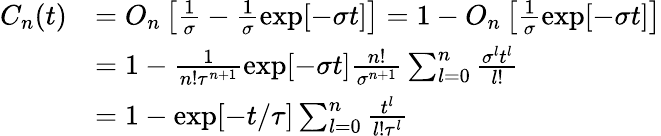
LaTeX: \begin{array}{rl}{C_{n}(t)}&{=O_{n}\left[\frac{1}{\sigma}-\frac{1}{\sigma}\exp[-\sigma t]\right]=1-O_{n}\left[\frac{1}{\sigma}\exp[-\sigma t]\right]}\\ &{=1-\frac{1}{n!\tau^{n+1}}\exp[-\sigma t]\frac{n!}{\sigma^{n+1}}\sum_{l=0}^{n}\frac{\sigma^{l}t^{l}}{l!}}\\ &{=1-\exp[-t/\tau]\sum_{l=0}^{n}\frac{t^{l}}{l!\tau^{l}}}\end{array}